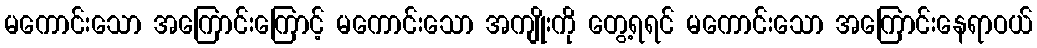
မကောင်းသော အကြောင်းကြောင့် မကောင်းသော အကျိုးကို တွေ့ရရင် မကောင်းသော အကြောင်းနေရာဝယ်